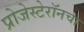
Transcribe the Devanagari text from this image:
प्रोजेस्टेरॉनचा